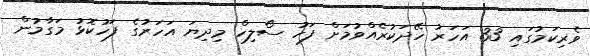
ވެރިކަމުގައި 33 އަހަރު ހޭދަކުރެއްވުމަށް ފަހު ސޯލިހް މިދިޔަ އަހަރުގެ ފަހުކޮޅު މަގާމުން